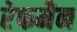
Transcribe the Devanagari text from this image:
रेफमैन